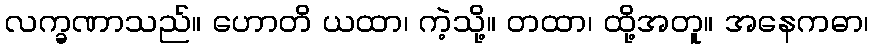
လက္ခဏာသည်။ ဟောတိ ယထာ၊ ကဲ့သို့။ တထာ၊ ထို့အတူ။ အနေကဓာ၊